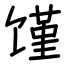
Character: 馑